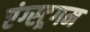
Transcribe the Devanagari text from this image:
एंग्स्ट्रगम